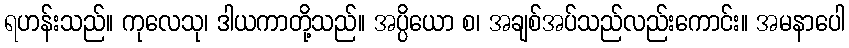
ရဟန်းသည်။ ကုလေသု၊ ဒါယကာတို့သည်။ အပ္ပိယော စ၊ အချစ်အပ်သည်လည်းကောင်း။ အမနာပေါ